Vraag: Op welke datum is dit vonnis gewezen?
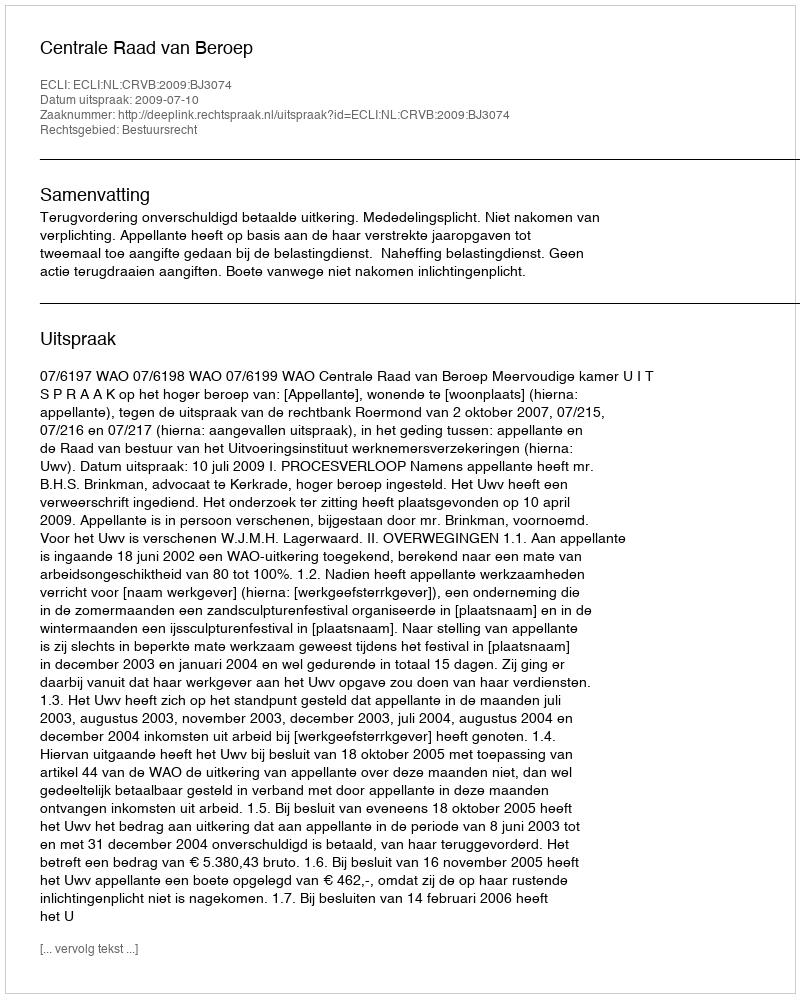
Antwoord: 2009-07-10